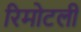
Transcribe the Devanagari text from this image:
रिमोटली